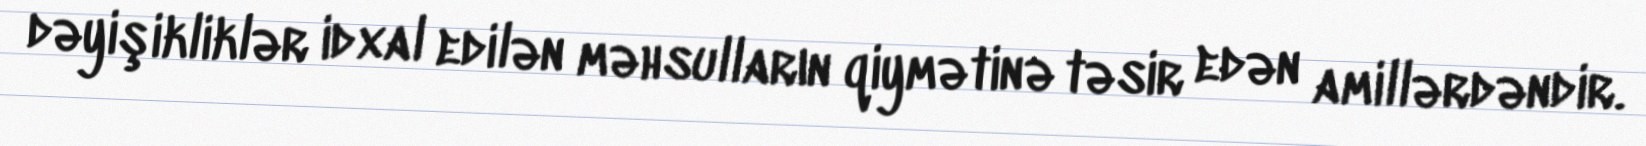
dəyişikliklər idxal edilən məhsulların qiymətinə təsir edən amillərdəndir.